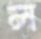
ল